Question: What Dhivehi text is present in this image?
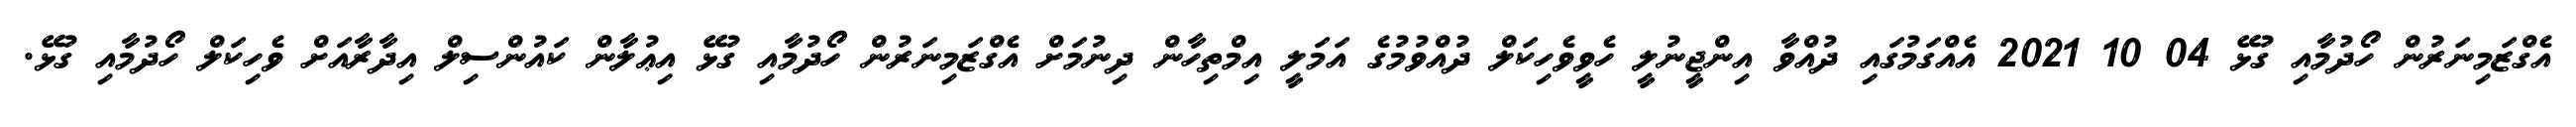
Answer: އެގްޒަމިނަރުން ހޯދުމާއި ގުޅޭ 04 10 2021 އެއްގަމުގައި ދުއްވާ އިންޖީނުލީ ހެވީވެހިކަލް ދުއްވުމުގެ އަމަލީ އިމްތިހާން ދިނުމަށް އެގްޒަމިނަރުން ހޯދުމާއި ގުޅޭ އިޢުލާން ކައުންސިލް އިދާރާއަށް ވެހިކަލް ހޯދުމާއި ގުޅޭ.